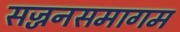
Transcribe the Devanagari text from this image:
सज्जनसमागम